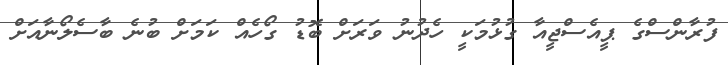
ފުރާންސްގެ ޕީއެސްޖީއާ ގުޅުމަކީ ހެދުނު ވަރަށް ބޮޑު ގޯހެއް ކަމަށް ބުނެ ބާސެލޯނާއަށް